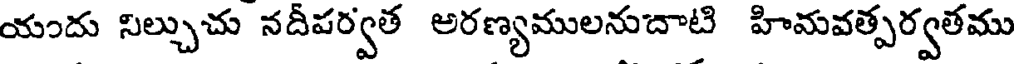
యందు నిల్చుచు నదీపర్వత అరణ్యములనుదాటి హిమవత్పర్వతము